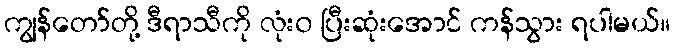
ကျွန်တော်တို့ ဒီရာသီကို လုံး၀ ပြီးဆုံးအောင် ကန်သွား ရပါမယ်။